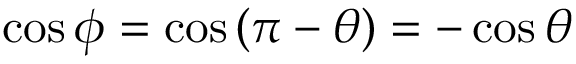
\cos { \phi } = \cos { ( \pi - \theta ) } = - \cos { \theta }